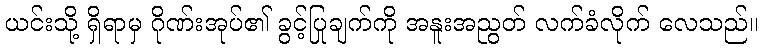
ယင်းသို့ ရှိရာမှ ဂိုဏ်းအုပ်၏ ခွင့်ပြုချက်ကို အနူးအညွတ် လက်ခံလိုက် လေသည်။